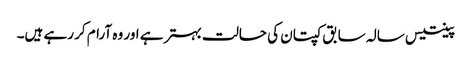
پینتیس سالہ سابق کپتان کی حالت بہتر ہے اور وہ آرام کر رہے ہیں۔